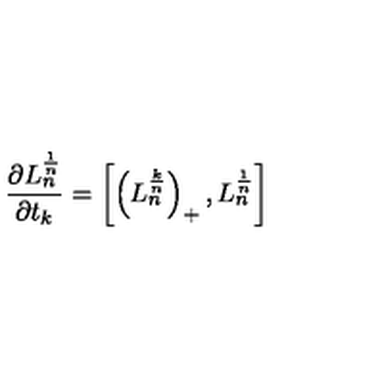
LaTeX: { \frac { \partial L _ { n } ^ { \frac { 1 } { n } } } { \partial t _ { k } } } = \left[ \left( L _ { n } ^ { \frac { k } { n } } \right) _ { + } , L _ { n } ^ { \frac { 1 } { n } } \right]